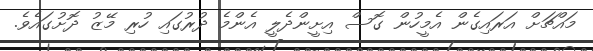
މައްޗަށް އަރައިގެން އެމީހުން ގޮސް އިށީންދެލީ އެންމެ ދުރުގައި ހުރި މޭޒު ދޮށުގައެވެ.